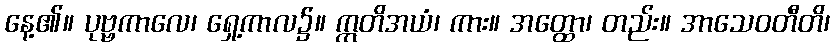
နေ့၏။ ပုဗ္ဗကာလေ၊ ရှေ့ကာလ၌။ ဣတိအယံ၊ ကား။ အတ္ထော၊ တည်း။ အာသေဝတီတိ၊